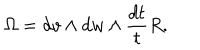
\Omega = d v \wedge d w \wedge \frac { d t } { t } R .